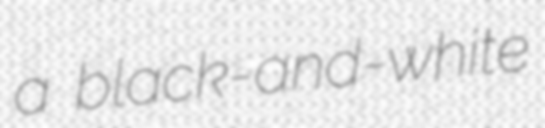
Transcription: a black-and-white